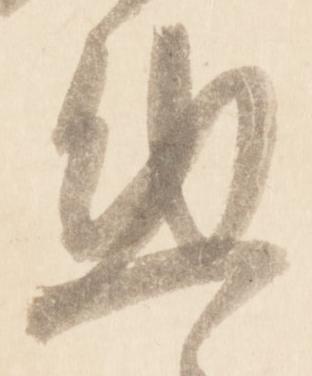
懃